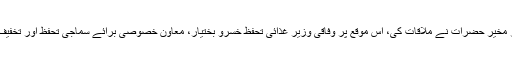
اس سے قبل وزیراعظم عمران خان سے فلاحی اداروں کے نمائندوں اور مخیر حضرات نے ملاقات کی، اس موقع پر وفاقی وزیر غذائی تحفظ خسرو بختیار، معاون خصوصی برائے سماجی تحفظ اور تخفیف غربت ڈاکٹر ثانیہ نشتر اور وزارت خزانہ کے حکام بھی موجود تھے۔